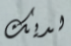
لديك